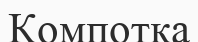
Компотқа